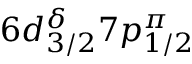
6 d _ { 3 / 2 } ^ { \delta } 7 p _ { 1 / 2 } ^ { \pi }